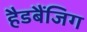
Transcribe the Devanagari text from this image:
हैडबैंजिग